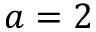
a = 2